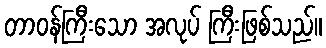
တာဝန်ကြီးသော အလုပ် ကြီးဖြစ်သည်။